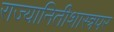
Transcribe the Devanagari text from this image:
राज्यानितीशास्त्रपर